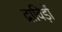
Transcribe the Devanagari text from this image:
द्राविड़ों